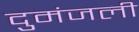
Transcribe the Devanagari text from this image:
दुमंजली